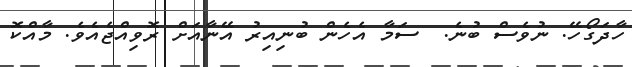
ހާދަގޯހޭ. ނުވެސް ބުނެ.  ސަމާ އެހެން ބުނިއިރު އޭނާއަށް ރޮވިއްޖެއެވެ. މާއްކޮ